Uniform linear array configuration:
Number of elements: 8
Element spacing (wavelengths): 1
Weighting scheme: hann
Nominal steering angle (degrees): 45
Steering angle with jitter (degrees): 45.665
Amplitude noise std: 0.05
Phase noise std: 0.05

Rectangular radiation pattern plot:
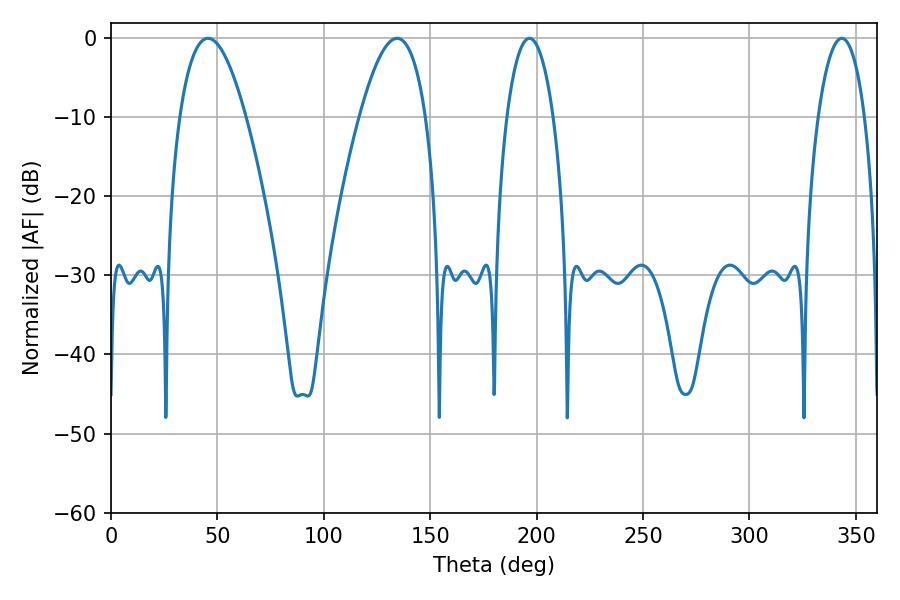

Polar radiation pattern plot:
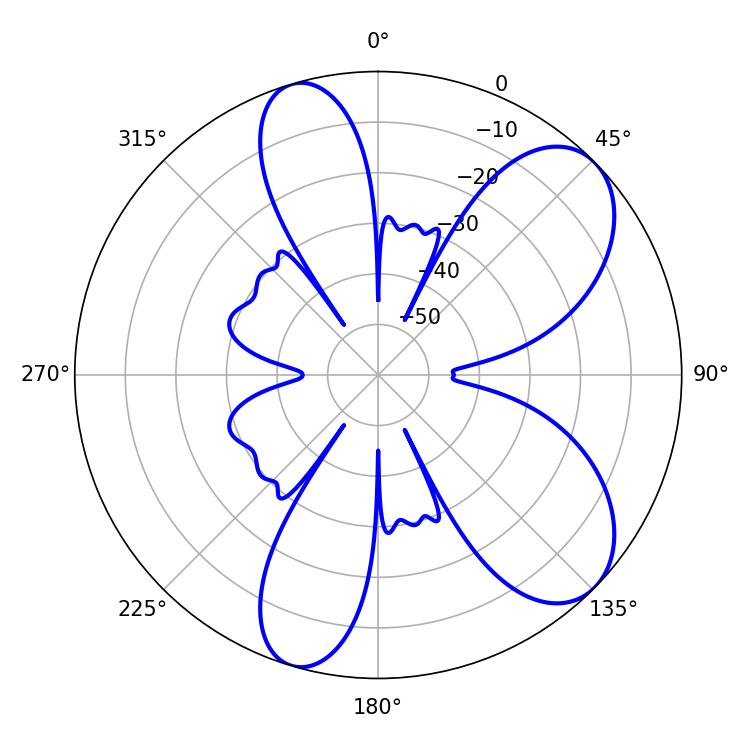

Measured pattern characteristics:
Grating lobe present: TRUE
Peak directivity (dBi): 7.791
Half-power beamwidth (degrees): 16.92
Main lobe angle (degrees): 45.54